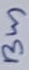
Text: Bus